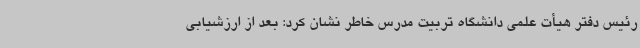
رئیس دفتر هیأت علمی دانشگاه تربیت مدرس خاطر نشان کرد: بعد از ارزشیابی